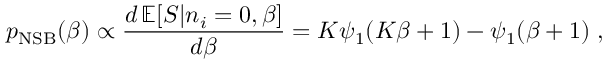
{ p } _ { \mathrm { N S B } } ( \beta ) \propto \frac { d \, \mathbb { E } [ S | n _ { i } = 0 , \beta ] } { d \beta } = K \psi _ { 1 } ( K \beta + 1 ) - \psi _ { 1 } ( \beta + 1 ) \; ,